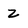
Character: z